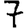
Digit: 7